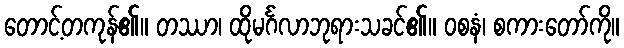
တောင့်တကုန်၏။ တဿာ၊ ထိုမင်္ဂလာဘုရားသခင်၏။ ဝစနံ၊ စကားတော်ကို။